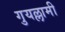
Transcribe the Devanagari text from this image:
गुयल्लामी